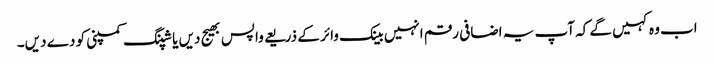
اب وہ کہیں گے کہ آپ یہ اضافی رقم انہیں بینک وائر کے ذریعے واپس بھیج دیں یا شپنگ کمپنی کو دے دیں۔